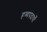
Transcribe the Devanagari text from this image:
हव्यपदार्थों